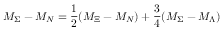
M _ { \Sigma } - M _ { N } = { \frac { 1 } { 2 } } ( M _ { \Xi } - M _ { N } ) + { \frac { 3 } { 4 } } ( M _ { \Sigma } - M _ { \Lambda } )